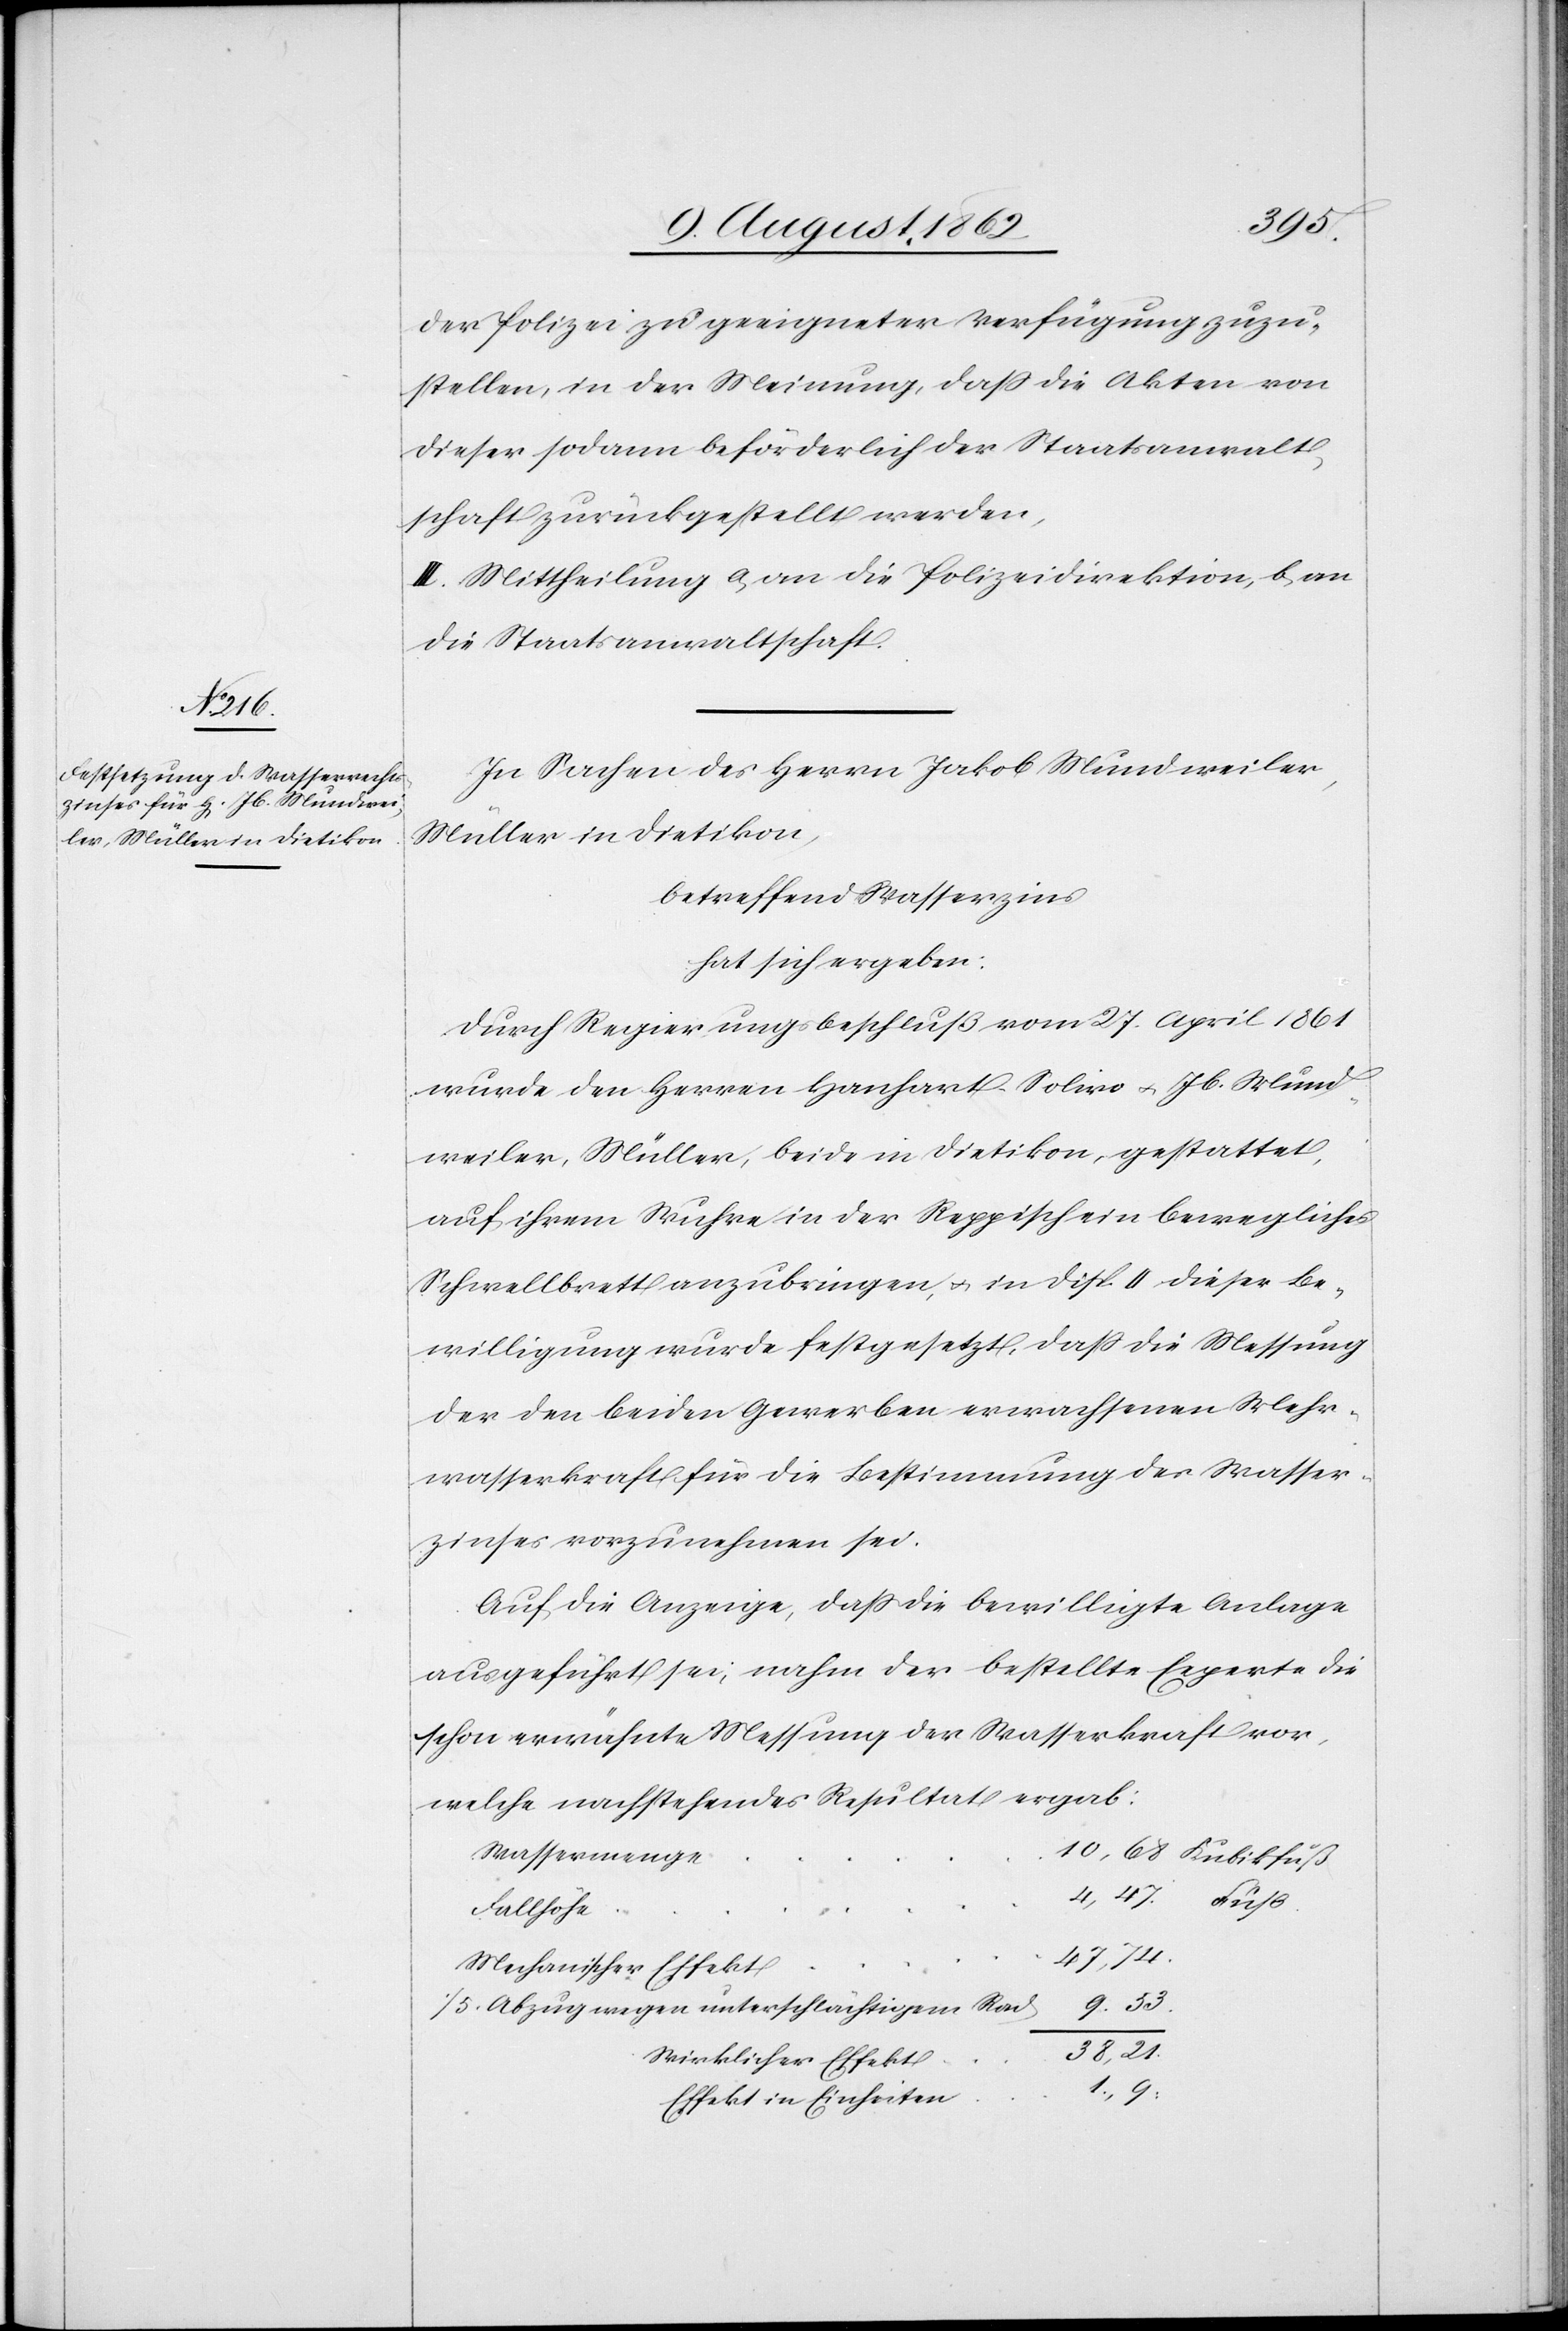
10,68.

der Polizei zu geeigneter Verfügung zuzu¬
stellen, in der Meinung, daß die Akten von
dieser sodann beförderlich der Staatsanwalt¬
schaft zurückgestellt werden.
II. Mittheilung a. an die Polizeidirektion, b. an
die Staatsanwaltschaft.
In Sachen des Herrn Jakob Mundweiler,
Müller in Dietikon,
betreffend Wasserzins
hat sich ergeben:
Durch Regierungsbeschluß vom 27. April 1861
wurde den Herren Hanhart Solivo u. Jb. Mund¬
weiler, Müller, beide in Dietikon, gestattet,
auf ihrem Wuhre in der Reppisch ein bewegliches
Schwellbrett anzubringen, u. in Disp. II dieser Be¬
willigung wurde festgesetzt, daß die Messung
der den beiden Gewerben erwachsenen Mehr¬
wasserkraft für die Bestimmung des Wasser¬
zinses vorzunehmen sei.
Auf die Anzeige, daß die bewilligte Anlage
ausgeführt sei, nahm der bestellte Experte die
schon erwähnte Messung der Wasserkraft vor,
welche nachstehendes Resultat ergab:
Wassermenge
Fallhöhe
47,74.
Mechanischer Effekt
1/5 Abzug wegen unterschlächtigem Rad
38,21.
Wirklicher Effekt
Effekt in Einheiten